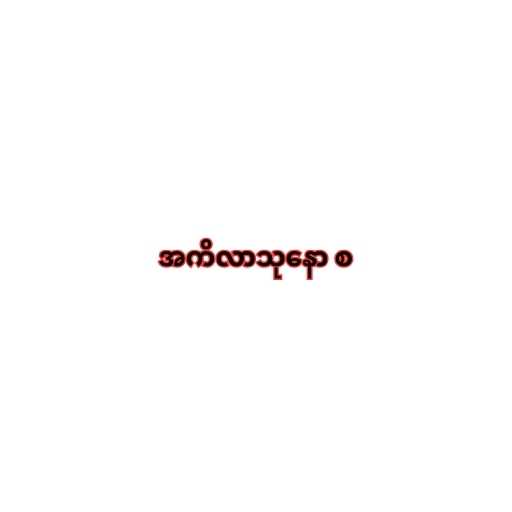
အကိလာသုနော စ